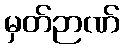
မှတ်ဉာဏ်